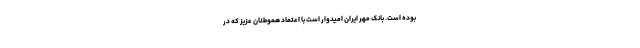
بوده است. بانک مهر ایران امیدوار است با اعتماد هموطنان عزیز که در